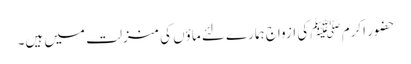
حضور اکرم ﷺ کی ازواج ہمارے لئے ماؤں کی منزلت میں ہیں۔